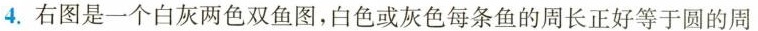
4.右图是一个白灰两色双鱼图，白色或灰色每条鱼的周长正好等于圆的周